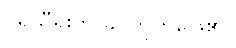
ပရိုသီရိုးက ခပ်တိုတိုဖြေ၏။